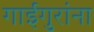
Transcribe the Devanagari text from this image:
गाईगुरांना